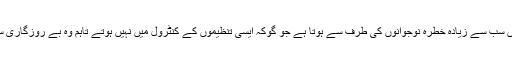
ماہرین کے مطابق ایسے حالات میں سب سے زیادہ خطرہ نوجوانوں کی طرف سے ہوتا ہے جو گوکہ ایسی تنظیموں کے کنٹرول میں نہیں ہوتے تاہم وہ بے روزگاری سے سب سے زیادہ متاثر ہوتے ہیں۔